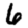
Digit: 6